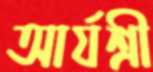
আর্যশ্রী